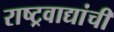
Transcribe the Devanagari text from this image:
राष्ट्रवाद्यांची